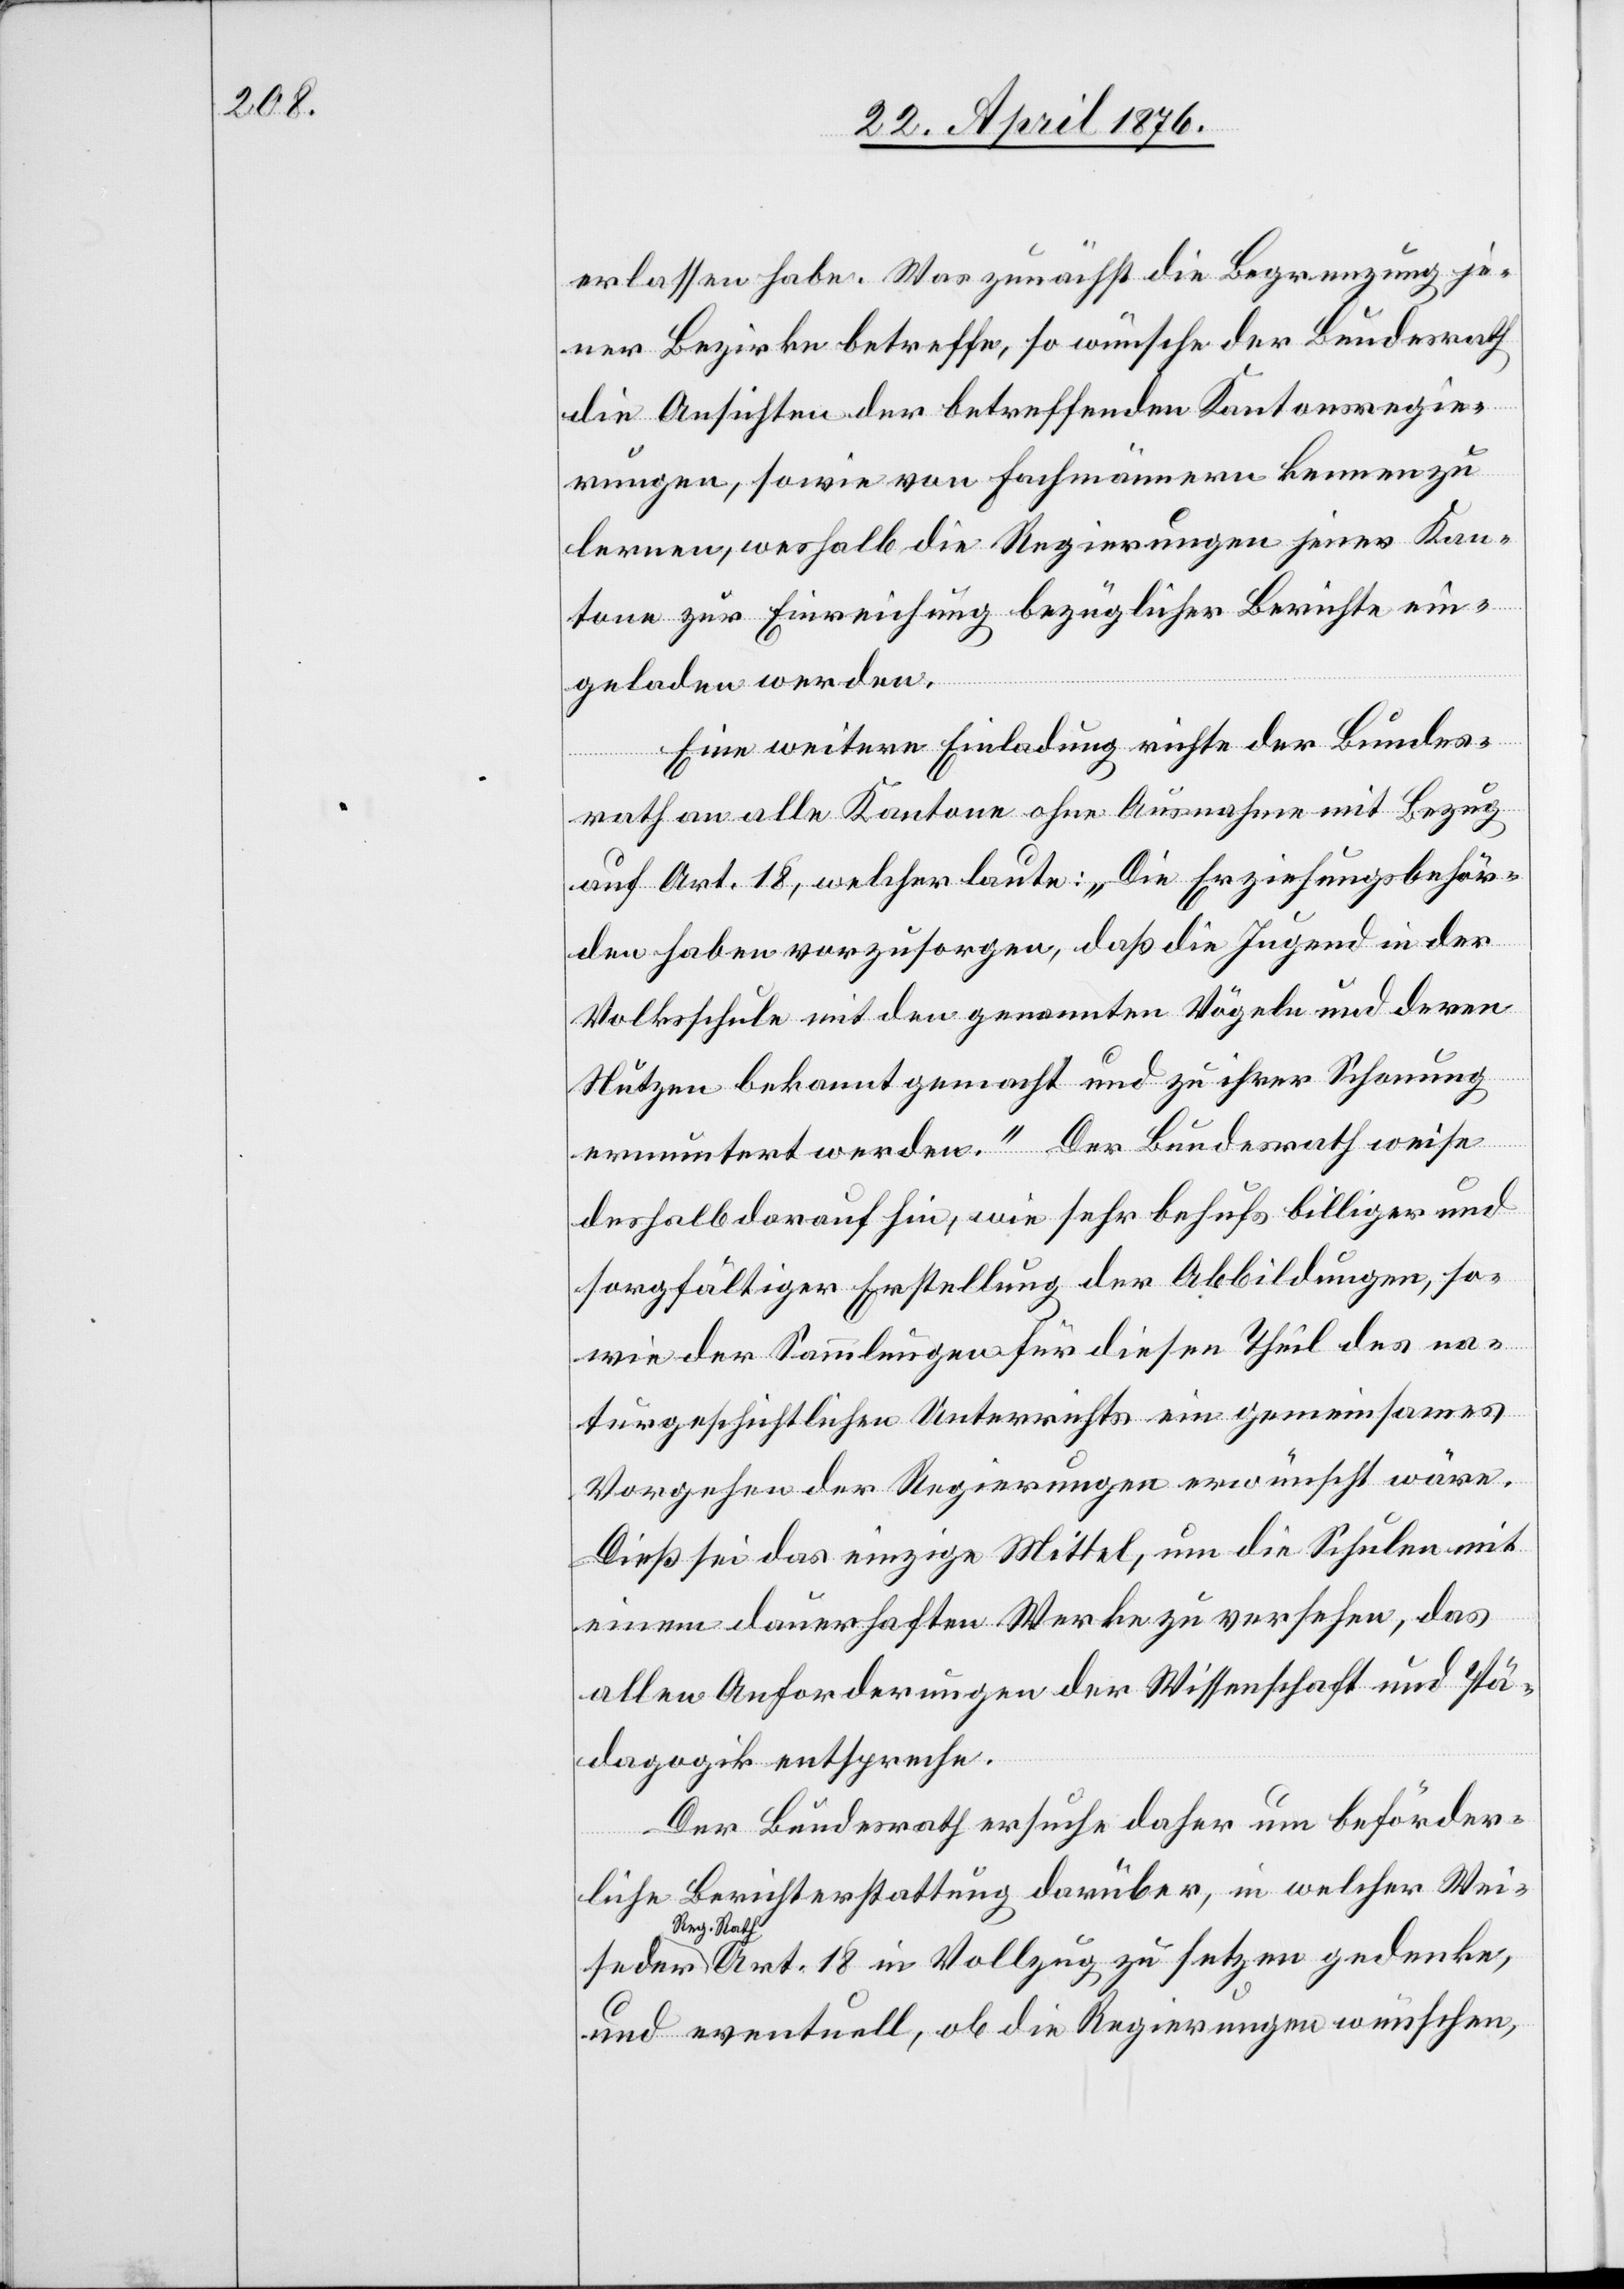
erlassen habe. Was zunächst die Begrenzung je¬
ner Bezirke betreffe, so wünsche der Bundesrath
die Ansichten der betreffenden Kantonsregie¬
rungen, sowie von Fachmännern kennen zu
lernen, weshalb die Regierungen jener Kan¬
tone zur Einreichung bezüglicher Berichte ein¬
geladen werden.
Eine weitere Einladung richte der Bundes¬
se der
rath an alle Kantone ohne Ausnahme mit Bezug
auf Art. 18, welcher laute: „Die Erziehungsbehör¬
den haben vorzusorgen, daß die Jugend in der
Volksschule mit den genannten Vögeln und deren
Nutzen bekannt gemacht und zu ihrer Schonung
ermuntert werden.“ Der Bundesrath weise
deshalb darauf hin, wie sehr behufs billiger und
sorgfältiger Erstellung der Abbildungen, so¬
wie der Sammlungen für diesen Theil des na¬
turgeschichtlichen Unterrichts ein gemeinsames
Vorgehen der Regierungen erwünscht wäre.
Dieß sei das einzige Mittel, um die Schulen mit
einem dauerhaften Werke zu versehen, das
allen Anforderungen der Wissenschaft und Pä¬
dagogik entspreche.
Der Bundesrath ersuche daher um beförder¬
liche Berichterstattung darüber, in welcher Wei¬
Reg. Rath.
Art. 18 in Vollzug zu setzen gedenke,
und eventuell, ob die Regierungen wünschen,